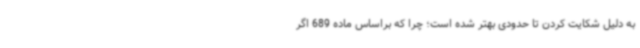
به دلیل شکایت کردن تا حدودی بهتر شده است؛ چرا که براساس ماده 689 اگر